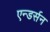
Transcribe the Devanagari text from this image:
एन्डर्सन